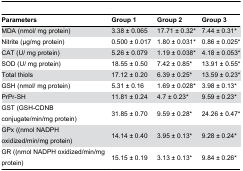
<table><thead><tr><td><b>Parameters</b></td><td><b>Group 1</b></td><td><b>Group 2</b></td><td><b>Group 3</b></td></tr></thead><tbody><tr><td>MDA (nmol/ mg protein)</td><td>3.38 ± 0.065</td><td>17.71 ± 0.32*</td><td>7.44 ± 0.31*</td></tr><tr><td>Nitrite (μg/mg protein)</td><td>0.500 ± 0.017</td><td>1.80 ± 0.031*</td><td>0.86 ± 0.025*</td></tr><tr><td>CAT (U/ mg protein)</td><td>5.26 ± 0.079</td><td>1.19 ± 0.038*</td><td>4.18 ± 0.053*</td></tr><tr><td>SOD (U/ mg protein)</td><td>18.55 ± 0.50</td><td>7.42 ± 0.85*</td><td>13.91 ± 0.55*</td></tr><tr><td>Total thiols</td><td>17.12 ± 0.20</td><td>6.39 ± 0.25*</td><td>13.59 ± 0.23*</td></tr><tr><td>GSH (nmol/ mg protein)</td><td>5.31 ± 0.16</td><td>1.69 ± 0.028*</td><td>3.98 ± 0.13*</td></tr><tr><td>PrPr-SH</td><td>11.81 ± 0.24</td><td>4.7 ± 0.23*</td><td>9.59 ± 0.23*</td></tr><tr><td>GST (GSH-CDNB conjugate/min/mg protein)</td><td>31.85 ± 0.70</td><td>9.59 ± 0.28*</td><td>24.26 ± 0.47*</td></tr><tr><td>GPx ((nmol NADPH oxidized/min/mg protein)</td><td>14.14 ± 0.40</td><td>3.95 ± 0.13*</td><td>9.28 ± 0.24*</td></tr><tr><td>GR ((nmol NADPH oxidized/min/mg protein)</td><td>15.15 ± 0.19</td><td>3.13 ± 0.13*</td><td>9.84 ± 0.26*</td></tr></tbody></table>